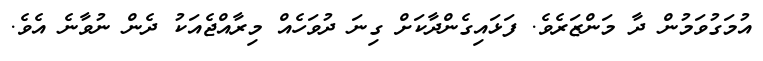
އުމަގުވަމުން ދާ މަންޒަރެވެ. ފަޅައިގެންދާކަށް ގިނަ ދުވަހެއް މިރާއްޖެއަކު ދެން ނުވާނެ އެވެ.